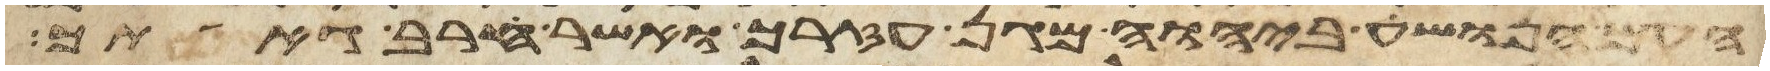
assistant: העם הנושע ביהוה מגן עזרך ואשר חרב גאתך